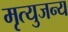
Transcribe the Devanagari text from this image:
मृत्युजन्य